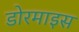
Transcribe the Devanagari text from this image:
डोरमाइस